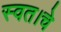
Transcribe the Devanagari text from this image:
स्वत।चे